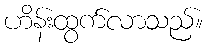
ဟိန်းထွက်လာသည်။